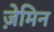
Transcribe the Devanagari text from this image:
ज़ेमिन